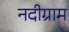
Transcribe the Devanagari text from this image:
नदीग्राम